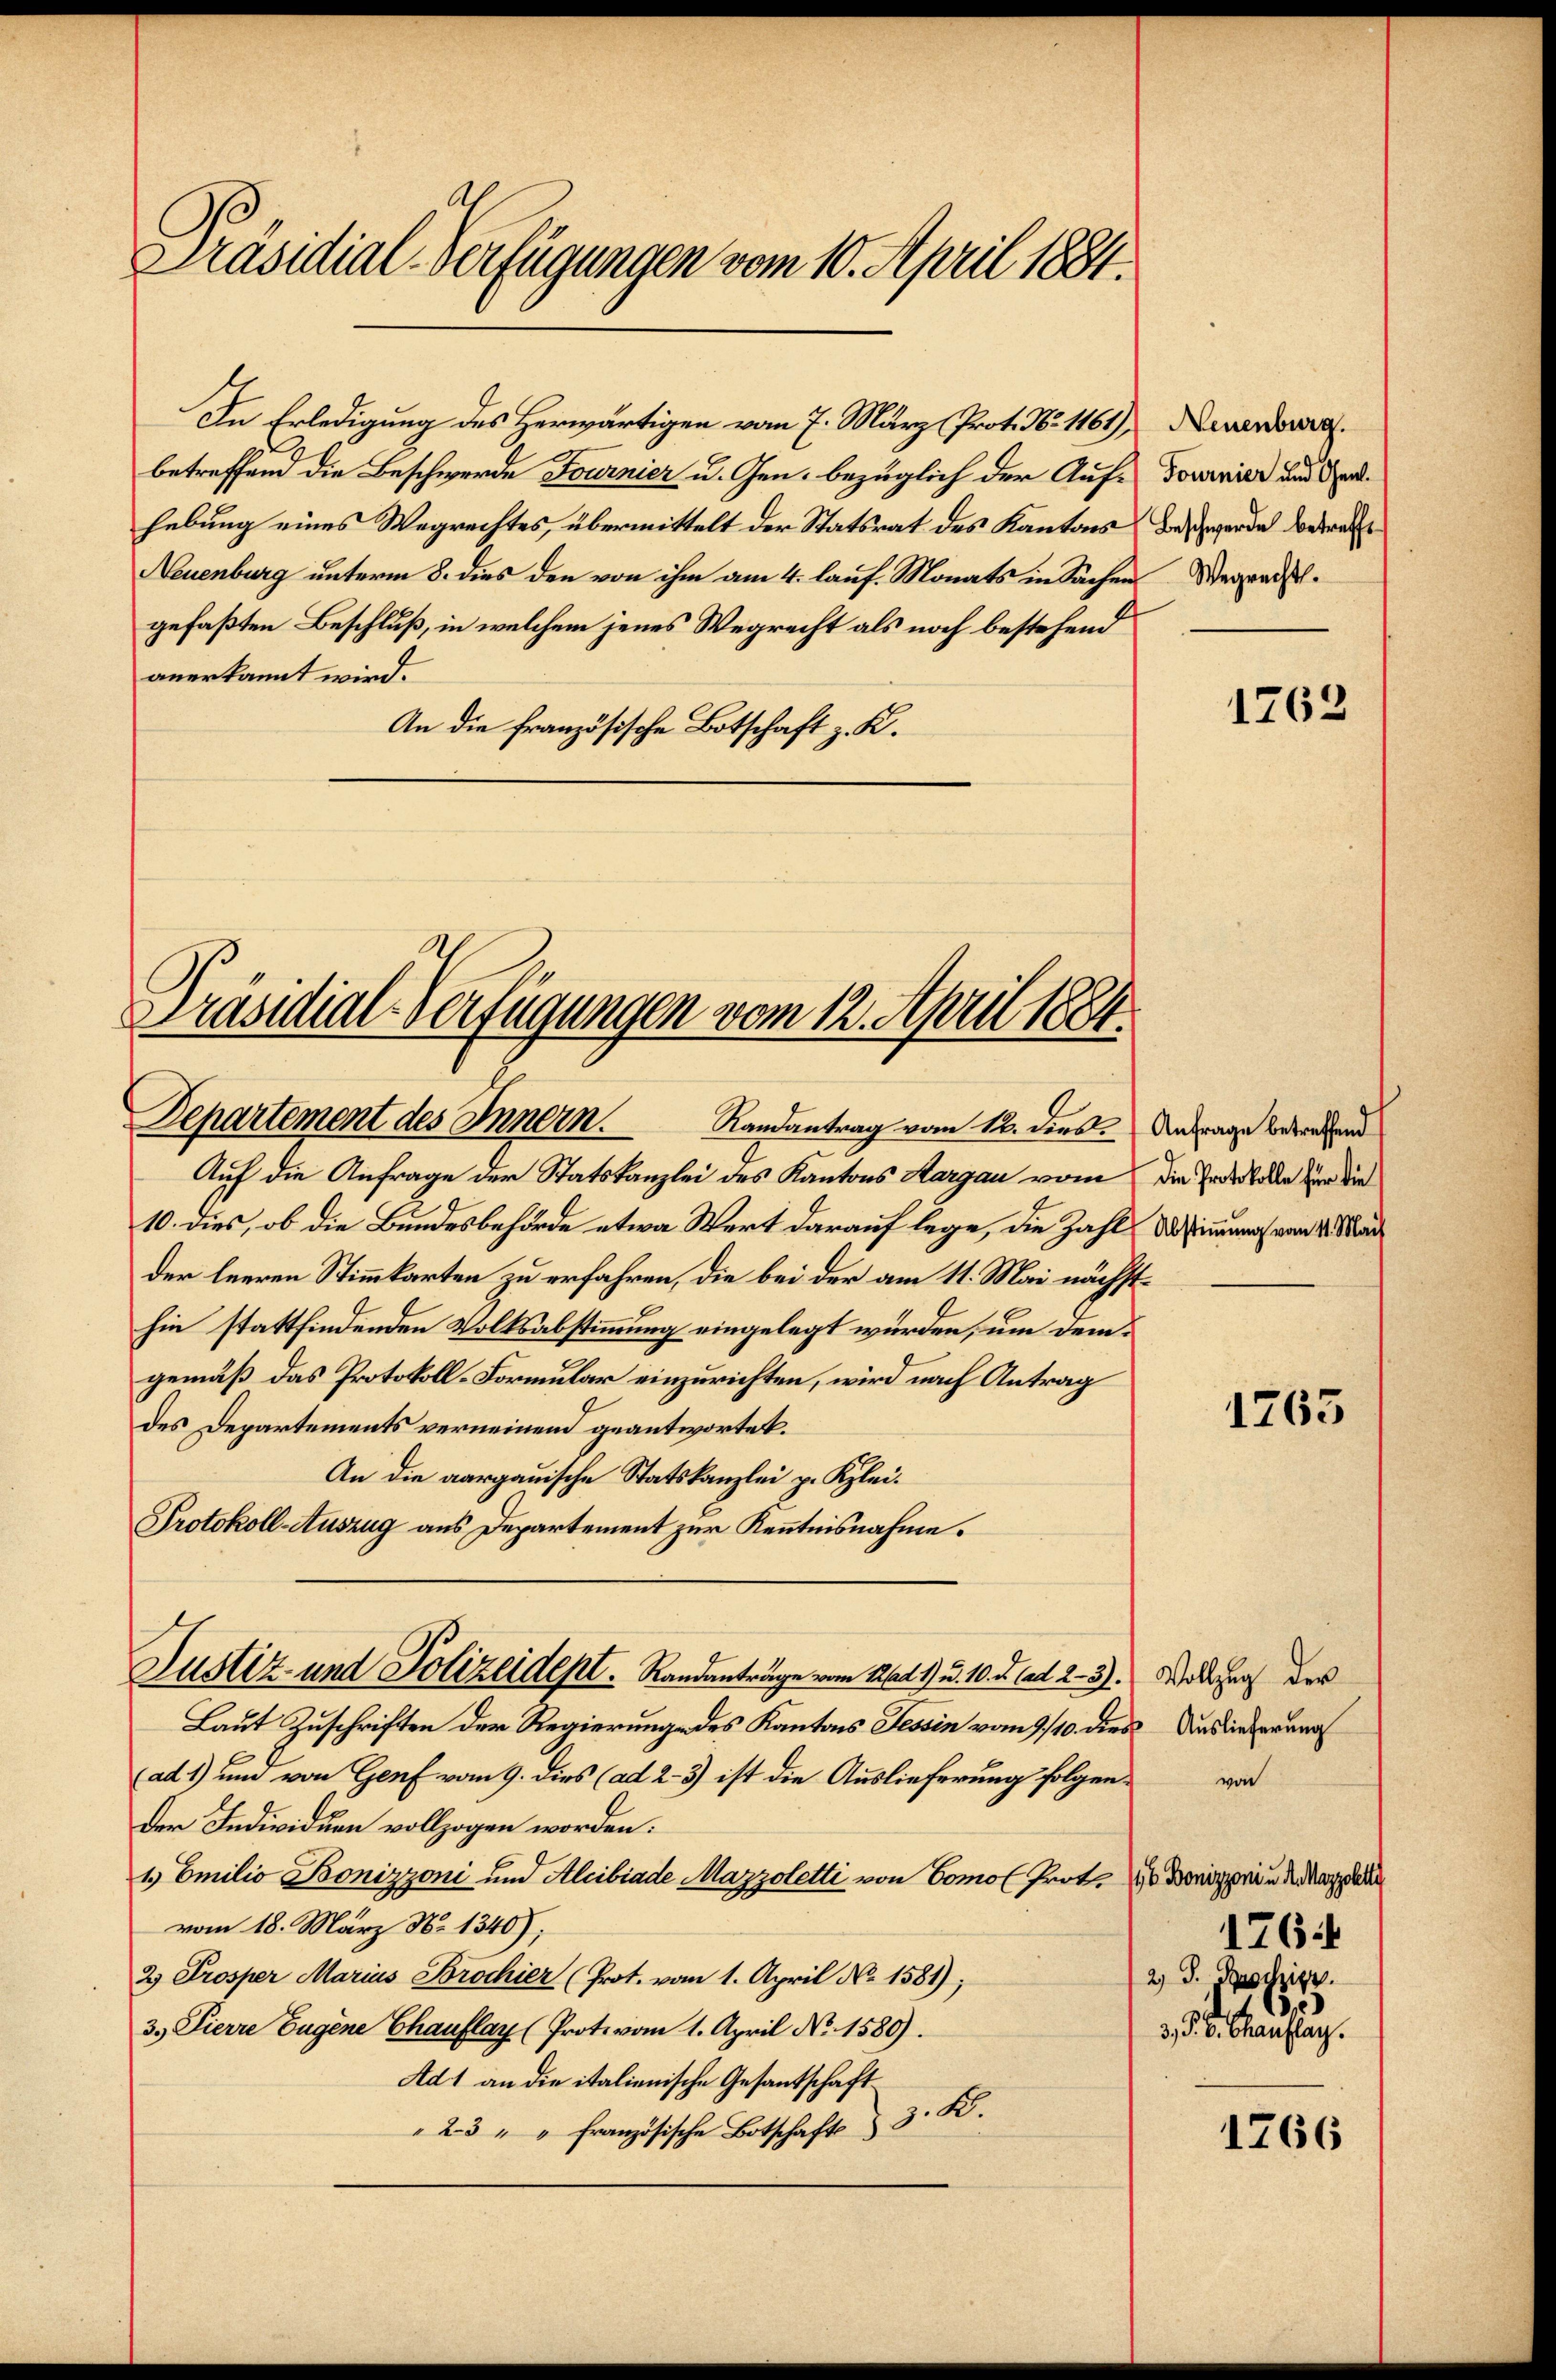
Präsidial-Verfügungen vom 10. April 1884.

hebung eines Wegrechtes, übermittelt der Statsrat des Kantons
Neuenburg unterm 8. dies den von ihm am 4. lauf. Monats in Sachen
gefaßten Beschluß, in welchem jenes Wegrecht als noch bestehend
anerkannt wird.
An die französische Botschaft z. K.

In Erledigung des Herwärtigen vom 7. März (Prot. No 1161), Neuenburg.
betreffend die Beschwerde Fournier u. Gen. bezüglich der Auf- Tournier und

Departement des Innern. Landantrag vom 12. dies. Antrage betreffend

Auf die Anfrage der Statskanzlei des Kantons Aargau vom
10. dies, ob die Bundesbehörde etwa Wert darauf lege, die Zahl da sinnung vom 1. Mar
der leeren Stimmkarten zu erfahren, die bei der am 11. Mai nächsthin stattfindenden Volksabstimmung eingelegt würden, um demgemäß das Protokoll-Formular einzurichten, wird nach Antrag
des Departements verneinend geantwortet.
An die aargauische Statskanzlei p. Klei¬
Protokoll-Auszug aus Departement zur Kenntnisnahme.

Präsidial-Verfügungen vom 12. April 1884.

Justiz- und Polizeidept. Randenträge vom 16t 9. u. 10. d. ad 2. 3. Wollgart der

Laut Zuschriften der Regierung des Kantons Tessin vom 9/10. dies Auslieferung
ad 1) und von Genf vom 9. dies (ad 2.- 3) ist die Auslieferung folgen¬
Der Individuen vollzogen worden.
1. Emilio Bonizzoni und Alibiade Mazzoletti von Como Prot. Die der ande
vom 18. März N. 1340);
2) Prosper Marius Brochier (Prot. vom 1. April No 1581);
3. Pierre Eugene Chauflay (Prote vom 1. April No 1580).
Ad 1 an die italienische Gesantschaft
25 " " französische Botschafts 3. K.

Beschwerde betreffe
Wegrecht.

1262

Die Protokolle für die

1763

176
2) S. Paczier
65
3. §. 6. Canzler.

1266